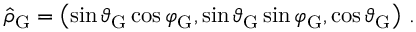
\hat { \rho } _ { \mathrm { G } } = \left( \sin \vartheta _ { \mathrm { G } } \cos \varphi _ { \mathrm { G } } , \sin \vartheta _ { \mathrm { G } } \sin \varphi _ { \mathrm { G } } , \cos \vartheta _ { \mathrm { G } } \right) \, .